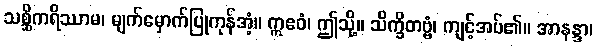
သစ္ဆိကရိဿာမ၊ မျက်မှောက်ပြုကုန်အံ့။ ဣဧဝံ၊ ဤသို့။ သိက္ခိတဗ္ဗံ၊ ကျင့်အပ်၏။ အာနန္ဒာ၊